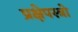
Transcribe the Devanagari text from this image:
प्रक्षेपस्त्रो